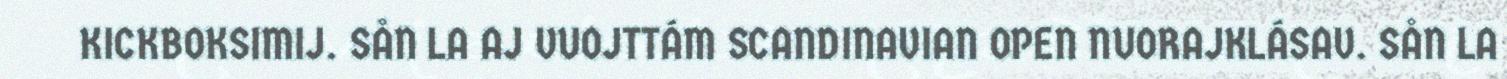
KICKBOKSIMIJ. SÅN LA AJ VUOJTTÁM SCANDINAVIAN OPEN NUORAJKLÁSAV. SÅN LA